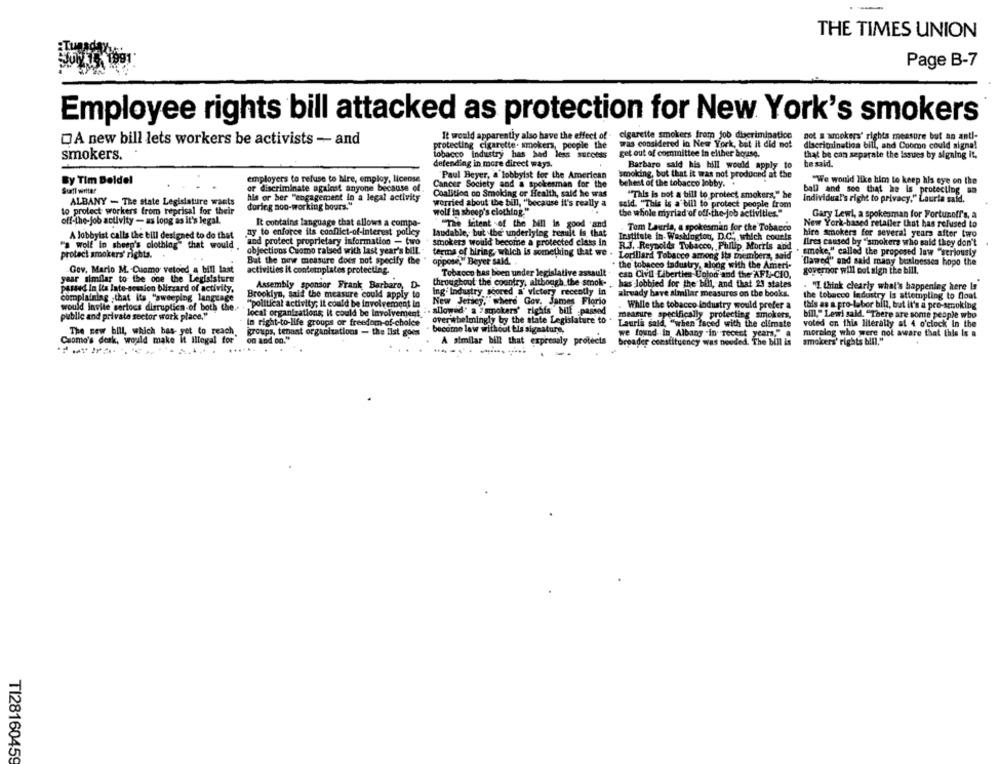
THE TIMES UNION
Page B-7
Employee rights bill attacked as protection for New York's smokers
It would apparently also have the effect of - cigarette smokers from job discrimination
not a xmokers' rights measure but an anti-
A new bill lets workers be activists - and
protecting cigarette. smokers, people the
was considered in New York, bet it did not
discrimination bill, and Cuomo could signa!
tobacco industry has bad less sucotas
get out of committee in elther borise.
that be can separate the Issues by signing it.
smokers.
defending in more direct ways.
Barbaro said his hill would apply to
he said.
"Paul Beyer, a lobbyist for the American
smoking, but that it was not produced at the
By Tim Deldel
employers to refuse to hire, employ, license
Cancer Society and a spokesman for the
behest of the tobacco lobby. .
"We wonid like him to keep his eye on the
Suafl write?
or discriminate against anyone because of
ball and see that he Is protecting am
his or her "engagement in a legal activity
Coalition on Smoking of Health, said he was
"This is not a bill to protect smokers," be
Individual's right to privacy," Lauria said.
ALBANY - The state Legislature wants
during aoo-working hours."
worried about the bill, "because it's really a
said. "This is a bill to protect people from
to protect workers from reprisal for their
wolf la sheep's clothing."
the whole myriad of off-the-job activities."
Gary Lewl, a spokesman for Fortunoff's, a
off-the-job activity - as long as it's legal.
It contains language that allows a compa-
"The Intent -of the bill is good and
Tom Lauria, a spokesman for the Tobacco
New York-based retailer that has refused to
A lobbyist calls the bill designed to do that
ny to enforce ils conflict-of-interest polley
laudable, but the underlying result is that
Institute in Washington, D.C ., which courts
hire smokers for several years after two
"a wolf in sheep's clothing" that would .
and protect proprietary information - two
smokers would become a protected class in
Ilres caused by "smokers who said they don't
R.J. Reynolds Tobacco, Philip Morris and
smoke," called the proposed law "seriously
protect smokers' rights.
objections Cuomo raised with last year's bill. . terms of hiring, which is something that we . Lorillard Tobacco among Its members, said
But the new measure does not specify the
oppose,"Beyer sald.
"lawed" and said many businesses hopo the
the tobacco tadustry, along with the Ameri-
Gov. Mario M. Cuomo vetoed a bill last
activities it contemplates protecting.
Tobacco has been under legislative assault.
can Civil Liberties Color and the AFL-CIO,
governor will not sign the bill.
year similar to the one the Legislature
throughout the country, although the smoke- .
passed In Ita late-session blizzard of activity,
Assembly sponsor Frank Barbaro, D-
Ing. Industry scored a' victory recently in
has lobbied for the bill, and that 21 states
. "I think clearly what's happening here Is
complaining .that its "sweeping language
Brooklyn, said the measure could apply to
already have similar measures on the books.
the tobacco industry Is attempting to float
"political activity; it could be involvement in
New Jersey, where Gov. James Florio
While the tobacco lodustry would prefer a
this as a pro-labor bill, but it's a pro-smoking
would invite sertocs disruption of both the ..
local organizations; it could be Involvement .. allowed" a "smokers' rights bill passed
public and private sector work place."
In right-to-life groups of freedom-of-choice
overwhelmingly by the state Legislature to .
measure specifically protecting smokers,
bill," Lewi said. "There are some people who
become law without tis signature,
Lauris said, "when faced with the climate
voted on this literally at 4 o'clock In the
The new bill, which has- yet to reach
groups, tenant organizations - the list goes
we found in Albany -in recent years," a
moralog who were not aware that this is a
Cuomo's desk, would make it Illegal for
on aod on."
A similar bill that expressly protects
broader constituency was needed. The bill is
smokers' rights bill."
TI28160459